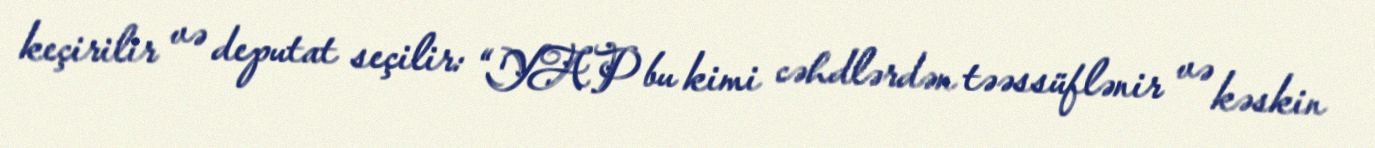
keçirilir və deputat seçilir: “YAP bu kimi cəhdlərdən təəssüflənir və kəskin